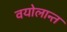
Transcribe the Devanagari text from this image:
वयोलान्त